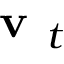
\textbf { v } _ { t }